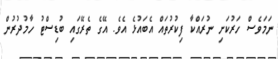
ނަމަވެސް ހަރުކަށި ނުރައްކާ ފިކުރުތައް އެބައުޅެ އެވެ. އޭގެ ތެރޭގައި ބުޑިސްޓު ހާމުދުރުން